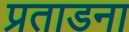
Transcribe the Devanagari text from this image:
प्रताडना